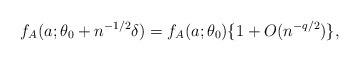
\begin{align*}f_A(a; \theta_0+n^{-1/2}\delta)=f_A(a;\theta_0)\{1+O(n^{-q/2})\},\end{align*}